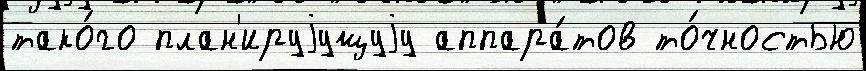
тако́го план'ируjущуjу аппара́тов то́чностью